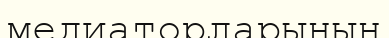
медиаторларының